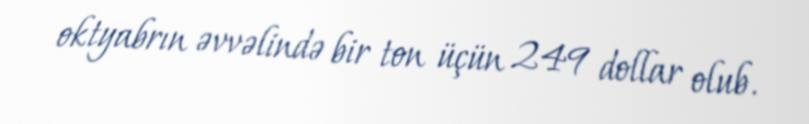
oktyabrın əvvəlində bir ton üçün 249 dollar olub.